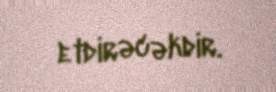
etdirəcəkdir.